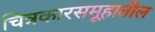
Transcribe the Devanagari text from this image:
चित्रकारसमूहातील